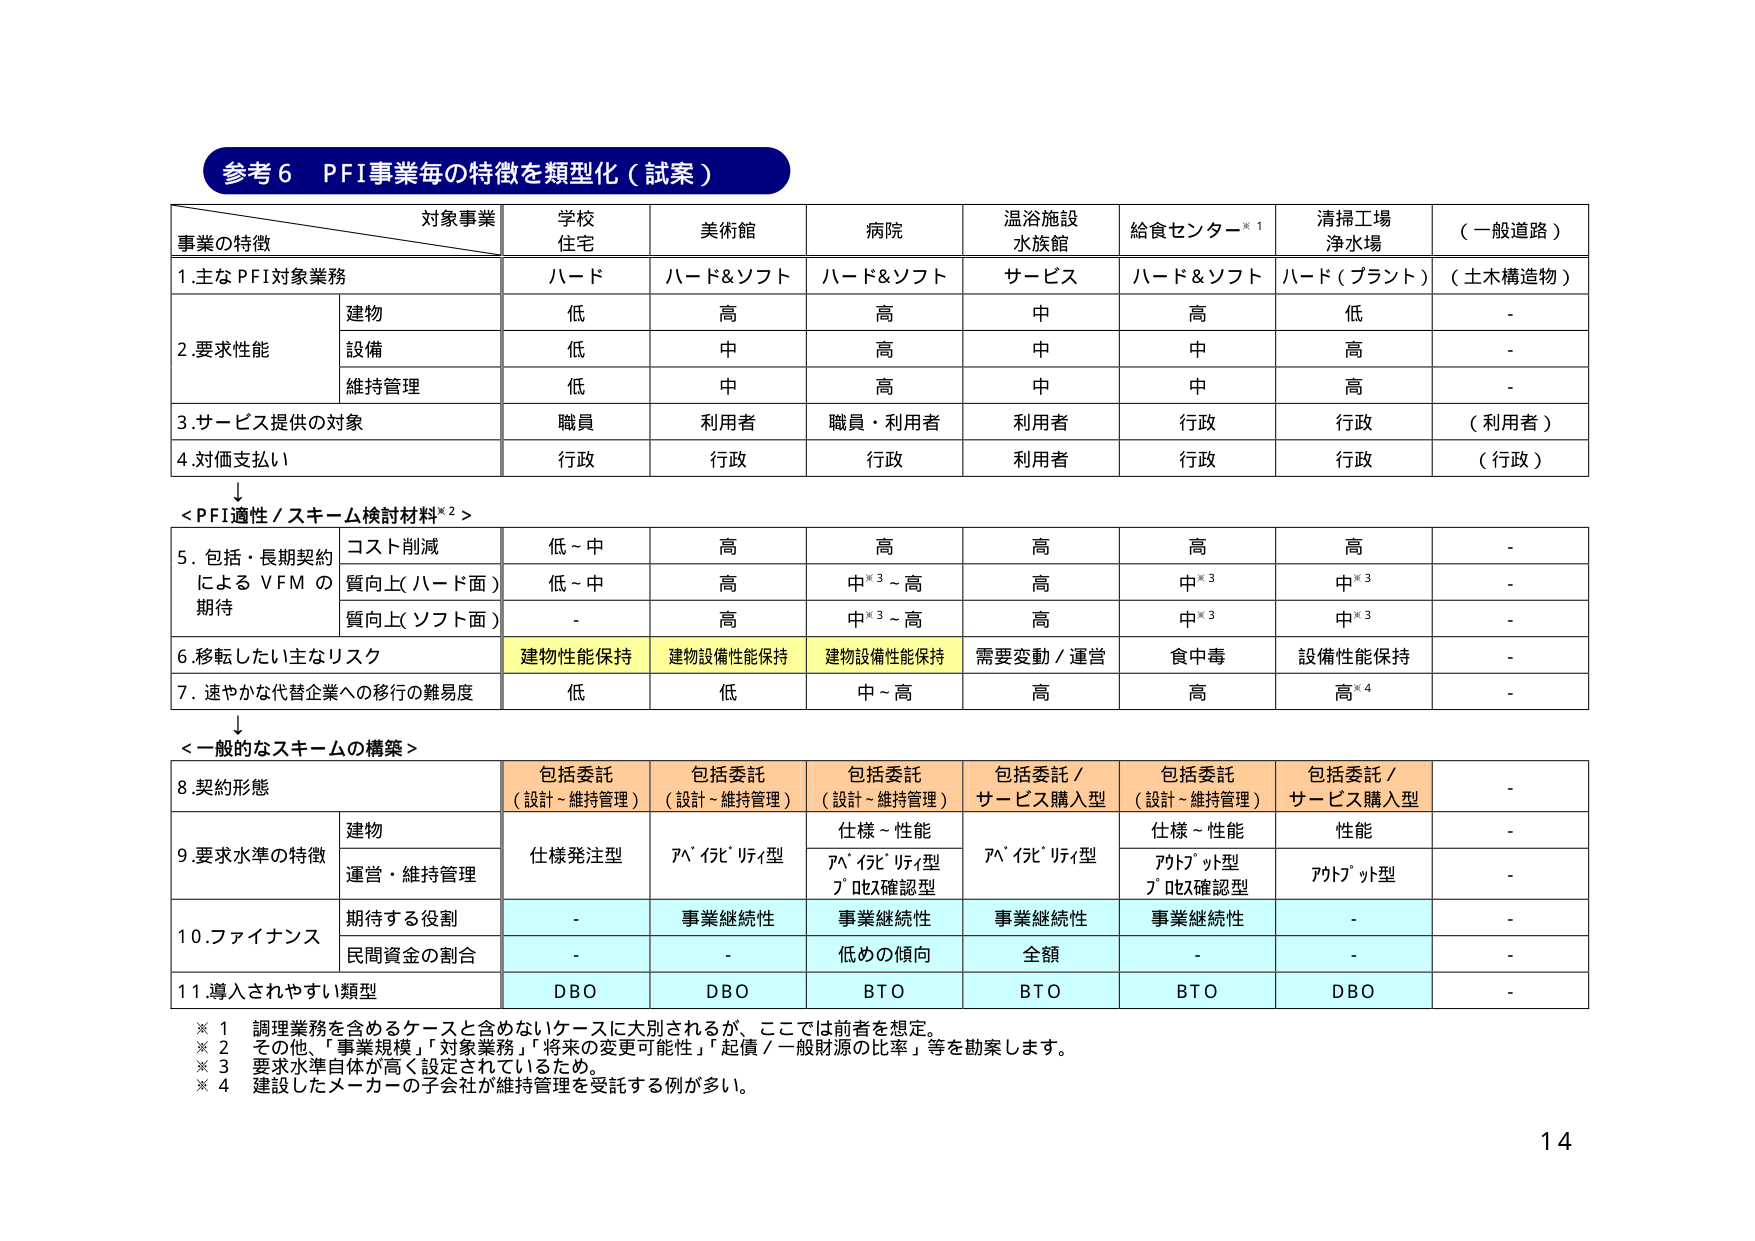
参考６　PFI事業毎の特徴を類型化（試案）

対象事業
学校住宅　美術館　病院　温浴施設水族館　給食センター※１　清掃工場浄水場　（一般道路）

事業の特徴

１．主なPFI対象業務
　　ハード　ハード＆ソフト　ハード＆ソフト　サービス　ハード＆ソフト　ハード（プラント）　（土木構造物）

２．要求性能
　　建物　低　高　高　中　高　低　-
　　設備　低　中　高　中　中　高　-
　　維持管理　低　中　高　中　中　高　-

３．サービス提供の対象
　　職員　利用者　職員・利用者　利用者　行政　行政　（利用者）

４．対価支払い
　　行政　行政　行政　利用者　行政　行政　（行政）

↓
＜PFI適性／スキーム検討材料※２＞

５．包括・長期契約によるVFMの期待
　　コスト削減　低～中　高　高　高　高　高　-
　　質向上（ハード面）　低～中　高　中※３～高　高　中※３　中※３　-
　　質向上（ソフト面）　-　高　中※３～高　高　中※３　中※３　-

６．移転したい主なリスク
　　建物性能保持　建物設備性能保持　建物設備性能保持　需要変動／運営　食中毒　設備性能保持　-

７．速やかな代替企業への移行の難易度
　　低　低　中～高　高　高　高※４　-

↓
＜一般的なスキームの構築＞

８．契約形態
　　包括委託（設計～維持管理）　包括委託（設計～維持管理）　包括委託（設計～維持管理）　包括委託／サービス購入型　包括委託（設計～維持管理）　包括委託／サービス購入型　-

９．要求水準の特徴
　　建物　仕様発注型　ｱﾍﾟｲﾄﾞﾞﾘｯｸ型　仕様～性能　ｱﾍﾟｲﾄﾞﾞﾘｯｸ型　仕様～性能　性能　-
　　運営・維持管理　-　-　ｱﾍﾟｲﾄﾞﾞﾘｯｸ型　ﾌﾟﾛｾｽ確認型　ｱｳﾄｿｰｼﾞ型　ﾌﾟﾛｾｽ確認型　ｱｳﾄｿｰｼﾞ型　-

１０．ファイナンス
　　期待する役割　-　事業継続性　事業継続性　事業継続性　事業継続性　-　-
　　民間資金の割合　-　-　低めの傾向　全額　-　-　-

１１．導入されやすい類型
　　DBO　DBO　BTO　BTO　BTO　DBO　-

※１　調理業務を含めるケースと含めないケースに大別されるが、ここでは前者を想定。
※２　その他、「事業規模」「対象業務」「将来の変更可能性」「起債／一般財源の比率」等を勘案します。
※３　要求水準自体が高く設定されているため。
※４　建設したメーカーの子会社が維持管理を受託する例が多い。

14